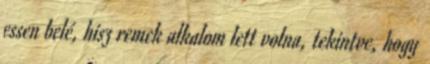
essen belé, hisz remek alkalom lett volna, tekintve, hogy